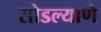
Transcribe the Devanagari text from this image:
सोडल्याणे